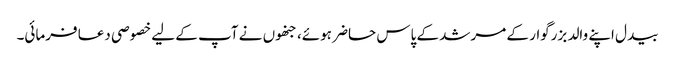
بیدل اپنے والد بزرگوار کے مرشد کے پاس حاضر ہوئے، جنھوں نے آپ کے لیے خصوصی دعا فرمائی۔